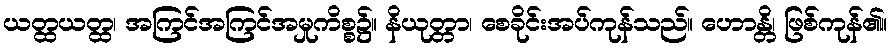
ယတ္ထယတ္ထ၊ အကြင်အကြင်အမှုကိစ္စ၌။ နိယုတ္တာ၊ စေခိုင်းအပ်ကုန်သည်။ ဟောန္တိ၊ ဖြစ်ကုန်၏။